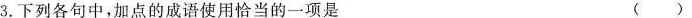
3.下列各句中，加点的成语使用恰当的一项是 ( )